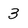
Character: 3